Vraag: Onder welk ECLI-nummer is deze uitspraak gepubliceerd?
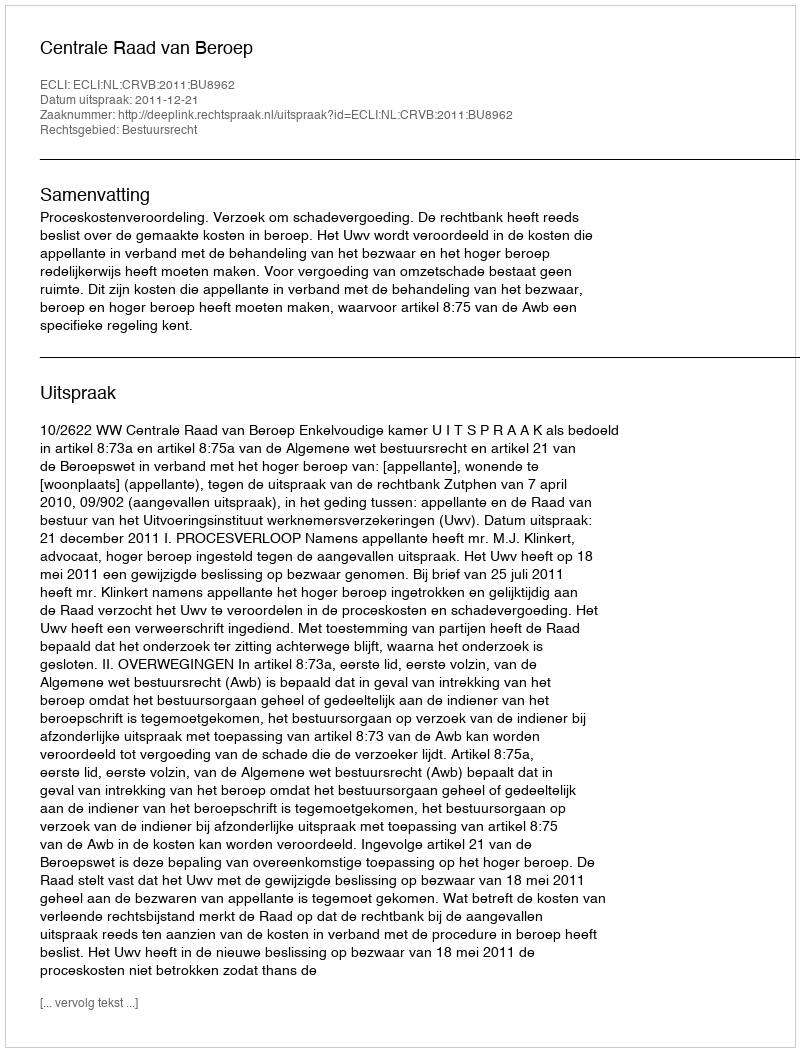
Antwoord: ECLI:NL:CRVB:2011:BU8962